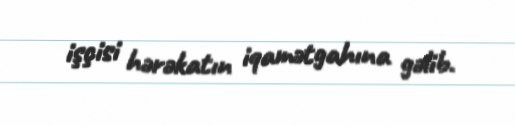
işçisi hərəkatın iqamətgahına gəlib.